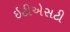
ઇટીએસટી